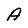
Character: A